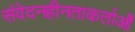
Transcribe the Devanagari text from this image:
संवेदनहीनताकर्ताओं